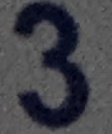
3